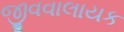
જીવવાલાયક